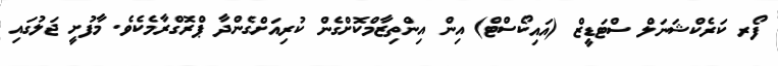
ފޯރ ކަރެކްޝަނަލް ސްޓަޑީޒް (އައިކޯސްޓް) އިން އިންތިޒާމްކޮށްގެން ކުރިއަށްގެންދާ ޕްރޮގްރާމެކެވެ. މާފުށީ ޖަލުގައި